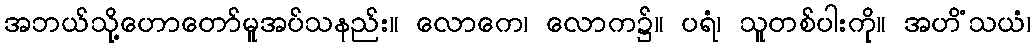
အဘယ်သို့ဟောတော်မူအပ်သနည်း။ လောကေ၊ လောက၌။ ပရံ၊ သူတစ်ပါးကို။ အဟိံသယံ၊